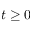
t \ge 0